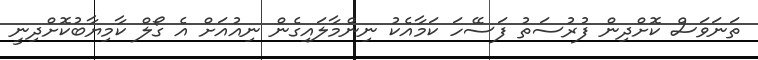
ތަނަވަސް ކޮށްދިން ފުރުސަތު ފަސޭހަ ކަމާއެކު ނިންމާލައިގެން ނިއުއަށް އެ ގޯލް ކާމިޔާބުކޮށްދިނީ